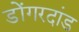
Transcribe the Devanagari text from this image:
डोंगरदांड